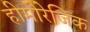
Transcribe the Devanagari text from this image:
हीमोरेजिक